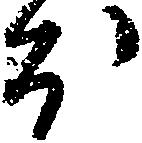
ほ